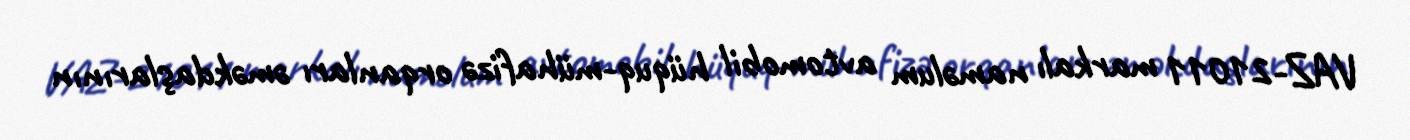
VAZ-21011 markalı naməlum avtomobil hüquq-mühafizə orqanları əməkdaşlarının